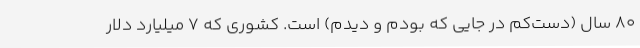
80 سال (دست‌کم در جایی که بودم و دیدم) است. کشوری که 7 میلیارد دلار